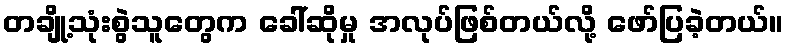
တချို့သုံးစွဲသူတွေက ခေါ်ဆိုမှု အလုပ်ဖြစ်တယ်လို့ ဖော်ပြခဲ့တယ်။